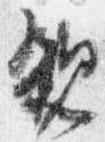
親